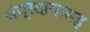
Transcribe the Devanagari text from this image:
संप्रदायासह